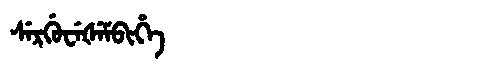
Manchu: ᠰᡝᡵᡤᡠᠸᡝᡧᡝᠮᠪᡳᡥᡝ
Romanization: SERGUWEŠEMBIHE